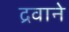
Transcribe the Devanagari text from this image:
द्रवाने